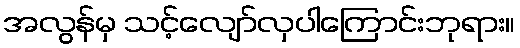
အလွန်မှ သင့်လျော်လှပါကြောင်းဘုရား။